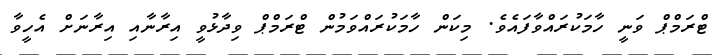
ޓްރަމްޕް ވަނީ ހާމަކުރައްވާފައެވެ. މިކަން ހާމަކުރައްވަމުން ޓްރަމްޕް ވިދާޅުވީ އިރާނާއި އިރާނަށް އެހީވާ